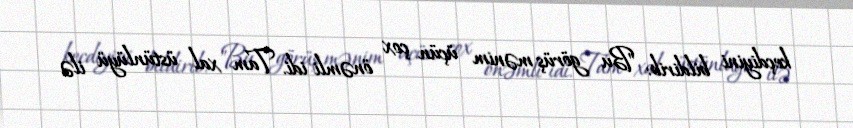
keçdiyini bildirib: "Bu görüş mənim üçün çox önəmli idi. Tam xal üstünlüyü ilə